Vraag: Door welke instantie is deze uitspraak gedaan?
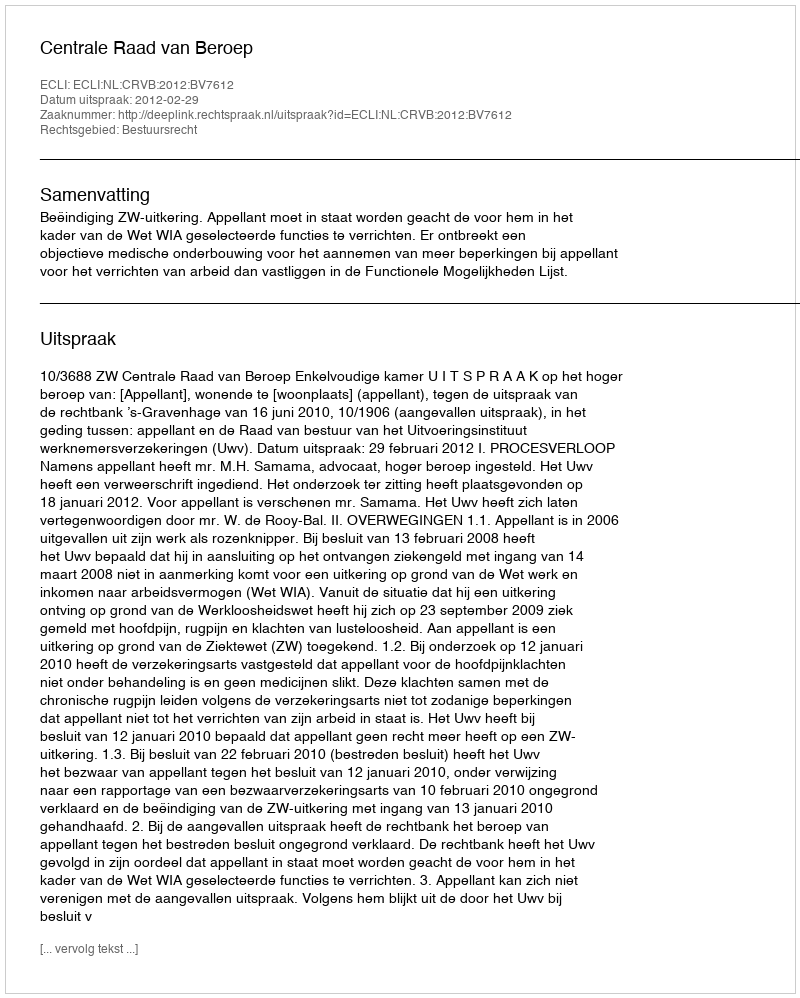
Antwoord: Centrale Raad van Beroep